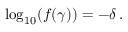
\log _ { 1 0 } ( f ( \gamma ) ) = - \delta \, .